Jaan_Tonisson_(Lasteleht), lk 12
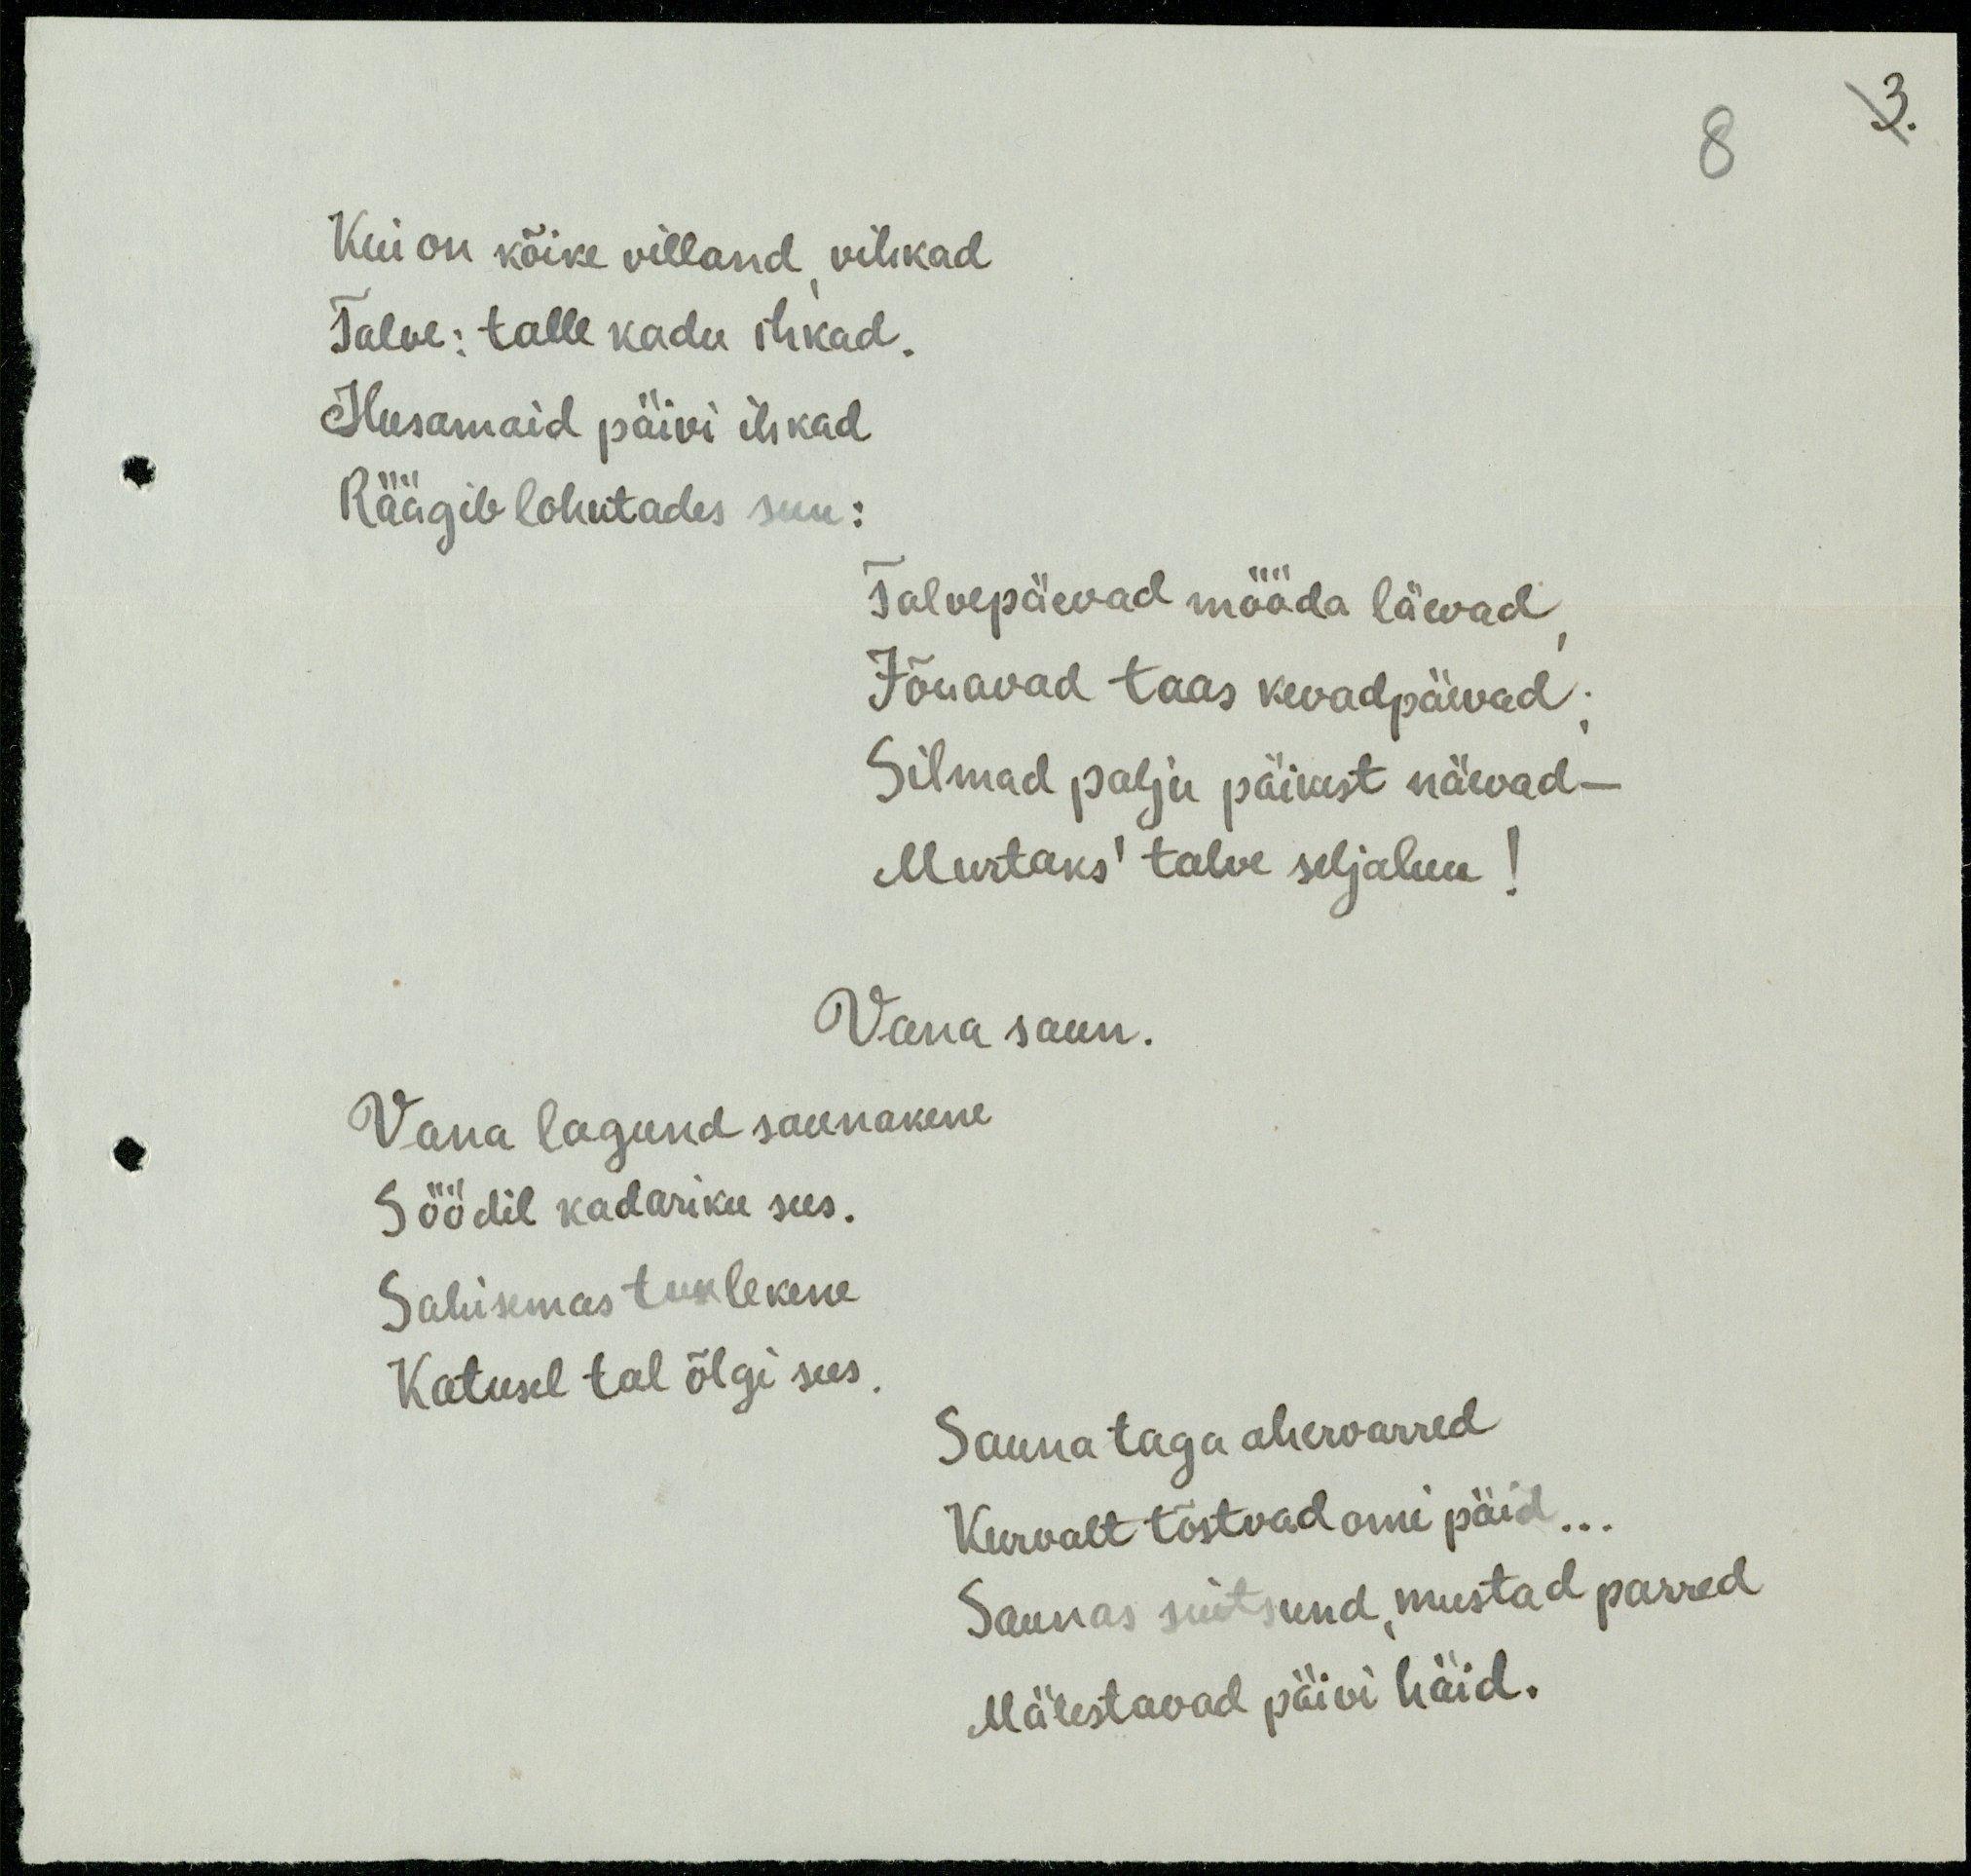
Kui on kõike villand, vihkad
Talve: talle kadu ihkad.
Ilusamaid päivi ihkad
Räägib lohutades suu:
Talvepäevad mööda läevad,
Jõuavad taas kevadpäevad;
Silmad palju päikest näevad  –
Murtaks' talve seljaluu!
Vana saun.
Vana lagund saunakene
Söödil kadariku sees.
Sahisemas tuulekene
Katusel tal õlgi sees
Sauna taga ahervarred
Kurvalt tõstvad omi päid...
Saunas suitsund, mustad parred
Mälestavad päivi häid.